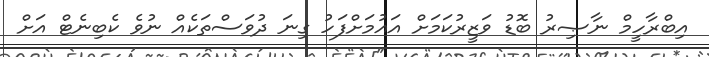
އިބްރާހީމް ނާޞިރު ބޮޑު ވަޒީރުކަމަށް އައުމަށްފަހު ގިނަ ދުވަސްތަކެއް ނުވެ ކެބިނެޓް އަށް